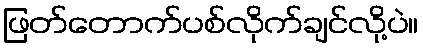
ဖြတ်တောက်ပစ်လိုက်ချင်လို့ပဲ။